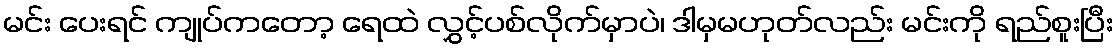
မင်း ပေးရင် ကျုပ်ကတော့ ရေထဲ လွှင့်ပစ်လိုက်မှာပဲ၊ ဒါမှမဟုတ်လည်း မင်းကို ရည်စူးပြီး